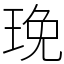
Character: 㻊